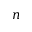
n